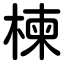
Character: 楝